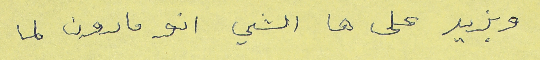
وبزيد على ها الشي انو مارون لما